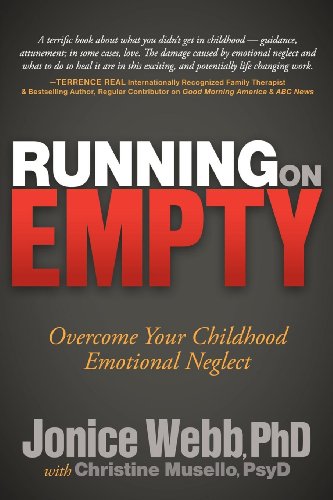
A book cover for Running on Empty: Overcome Your Childhood Emotional Neglect; Jonice Webb; Self-Help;